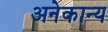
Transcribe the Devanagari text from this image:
अनेकान्य